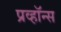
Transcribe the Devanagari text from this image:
प्रव्हॉन्स